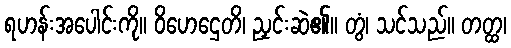
ရဟန်းအပေါင်းကို။ ဝိဟေဌေတိ၊ ညှင်းဆဲ၏။ တွံ၊ သင်သည်။ တတ္ထ၊